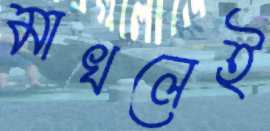
মাখলেই